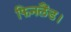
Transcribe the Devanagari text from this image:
फिनलैंड।